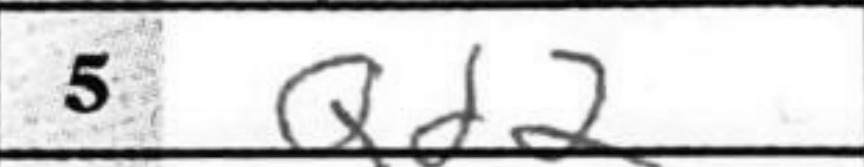
Transcription: Qd2